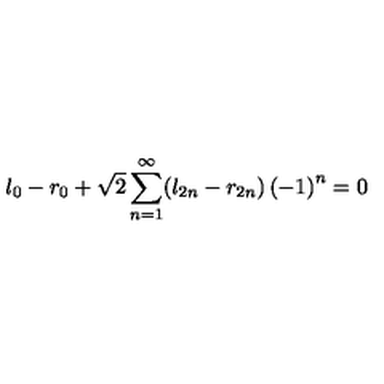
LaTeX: l _ { 0 } - r _ { 0 } + \sqrt { 2 } \sum _ { n = 1 } ^ { \infty } ( l _ { 2 n } - r _ { 2 n } ) \left( - 1 \right) ^ { n } = 0